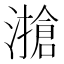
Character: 𰝔